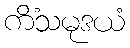
ကိံသမုဒယံ